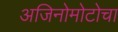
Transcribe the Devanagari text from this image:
अजिनोमोटोचा